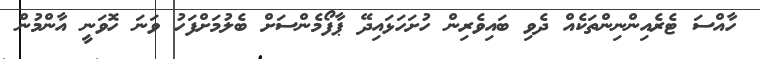
ހާއްސަ ޓެރެއިންނިންތަކެއް ދެވި ބައިވެރިން ހުށަހަޅައިދޭ ޕާފޯމެންސަށް ބެލުމަށްފަހު ވަނަ ހޮވަނީ އާންމުން